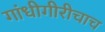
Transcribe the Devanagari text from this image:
गांधीगीरीचाच